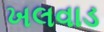
ખલવાડ